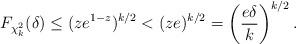
LaTeX: \begin{align*} F_{\chi_k^2}(\delta) \le (z e^{1-z})^{k/2} < (ze)^{k/2} = \left(\frac{e\delta }{k}\right)^{k/2}. \end{align*}